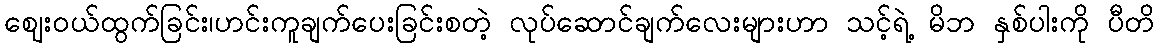
ဈေးဝယ်ထွက်ခြင်း၊ဟင်းကူချက်ပေးခြင်းစတဲ့ လုပ်ဆောင်ချက်လေးများဟာ သင့်ရဲ့ မိဘ နှစ်ပါးကို ပီတိ